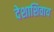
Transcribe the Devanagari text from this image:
देशाशिवाय